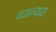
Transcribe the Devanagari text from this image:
पदान्यास